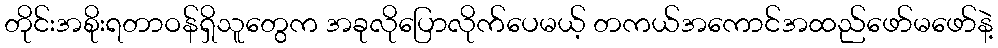
တိုင်းအစိုးရတာဝန်ရှိသူတွေက အခုလိုပြောလိုက်ပေမယ့် တကယ်အကောင်အထည်ဖော်မဖော်နဲ့